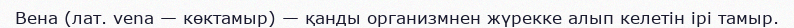
Вена (лат. vena — көктамыр) — қанды организмнен жүрекке алып келетін ірі тамыр.